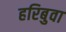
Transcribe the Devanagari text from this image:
हरिबुवा